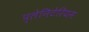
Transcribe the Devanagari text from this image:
प्लेनिटेरियम